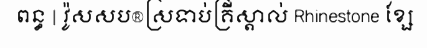
ពន្ធ | វ៉ូសសប®ស្រទាប់គ្រីស្តាល់ Rhinestone ខ្សែ